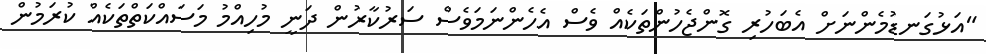
"އަޅުގަނޑުމެންނަށް އެބަހުރި ގޮންޖެހުންތަކެއް ވެސް އެހެންނަމަވެސް ސަރުކާރުން ދަނީ މުހިއްމު މަސައްކަތްތަކެއް ކުރަމުން